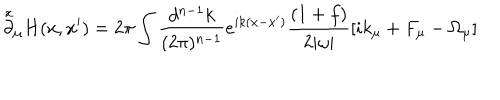
\stackrel { x } { \partial } _ { \mu } H ( x , x ^ { \prime } ) = 2 \pi \int \frac { d ^ { n - 1 } k } { ( 2 \pi ) ^ { n - 1 } } e ^ { i k ( x - x ^ { \prime } ) } \frac { ( 1 + f ) } { 2 | \omega | } \lbrack i k _ { \mu } + F _ { \mu } - \Omega _ { \mu } \rbrack